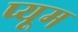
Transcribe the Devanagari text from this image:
प्यूम